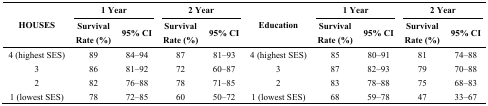
<table><thead><tr><td rowspan="2"><b>HOUSES</b></td><td colspan="2"><b>1 Year</b></td><td colspan="2"><b>2 Year</b></td><td rowspan="2"><b>Education</b></td><td colspan="2"><b>1 Year</b></td><td colspan="2"><b>2 Year</b></td></tr><tr><td><b>Survival Rate (%)</b></td><td><b>95% CI</b></td><td><b>Survival Rate (%)</b></td><td><b>95% CI</b></td><td><b>Survival Rate (%)</b></td><td><b>95% CI</b></td><td><b>Survival Rate (%)</b></td><td><b>95% CI</b></td></tr></thead><tbody><tr><td>4 (highest SES)</td><td>89</td><td>84–94</td><td>87</td><td>81–93</td><td>4 (highest SES)</td><td>85</td><td>80–91</td><td>81</td><td>74–88</td></tr><tr><td>3</td><td>86</td><td>81–92</td><td>72</td><td>60–87</td><td>3</td><td>87</td><td>82–93</td><td>79</td><td>70–88</td></tr><tr><td>2</td><td>82</td><td>76–88</td><td>78</td><td>71–85</td><td>2</td><td>83</td><td>78–88</td><td>75</td><td>68–83</td></tr><tr><td>1 (lowest SES)</td><td>78</td><td>72–85</td><td>60</td><td>50–72</td><td>1 (lowest SES)</td><td>68</td><td>59–78</td><td>47</td><td>33–67</td></tr></tbody></table>